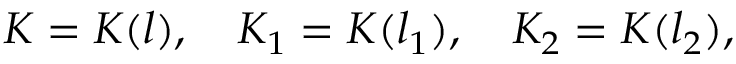
K = K ( l ) , \quad K _ { 1 } = K ( l _ { 1 } ) , \quad K _ { 2 } = K ( l _ { 2 } ) ,